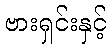
ဗားရှင်းနှင့်